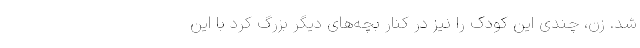
شد. زن، چندی این کودک را نیز در کنار بچه‌های دیگر بزرگ کرد با این